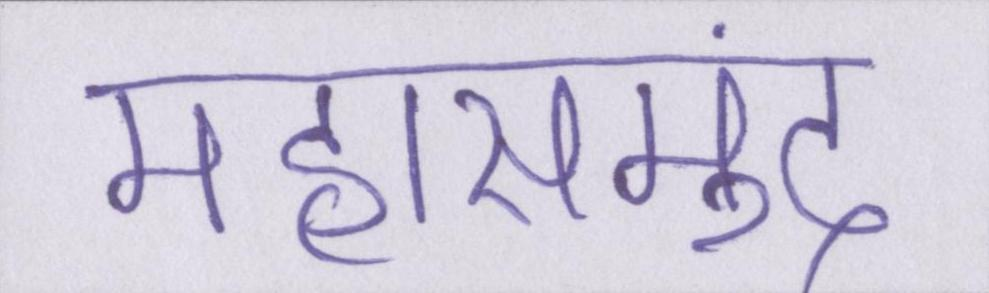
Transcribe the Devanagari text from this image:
महासमुंद